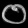
Digit: ၀